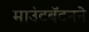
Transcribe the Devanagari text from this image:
माउंटबॅटनने